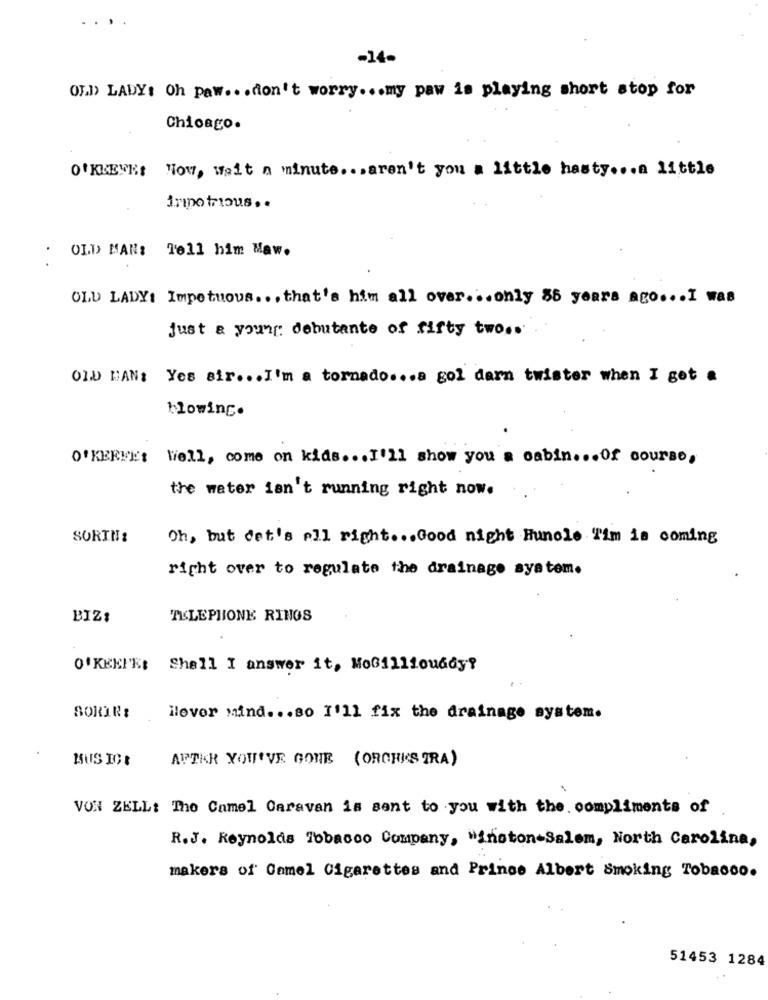
...
-14-
01.1) LADY: Oh Paw .. . don't worry ... my paw is playing short stop for
Chicago.
O'KKEUK: Now, Wait a minute .. . aren't you a little hasty ... a little
irmo trious. .
OLD MAN: Tell him Maw.
OLD LADY: Impetuous ... that's him all over ... only 85 years ago ... I was
just & young: debutante of fifty two ..
OLD MAN: Yes sir ... I'm a tornado ... a gol darn twister when I get .
blowing.
O'KEEFE: Well, come on kids ... I'll show you a cabin ... Of course,
the water isn't running right now.
SORIN:
Oh, but det's all right ... Good night Huncle Tim is coming
right over to regulate the drainage system.
BIZ:
TELEPHONE RINGS
O'KEEFE: Shall I answer it, Mobilliouady?
llever mind ... 80 I'll fix the drainage system.
BUS ICE
AFTER YOU'VE GONE (ORCHIS IRA)
VON ZELL: The Camel Caravan is sent to you with the. compliments of
R.J. Reynolds Tobacco Company, Winston-Salem, North Carolina,
makers of Camel Cigarettes and Prince Albert smoking Tobacco.
51453 1284